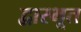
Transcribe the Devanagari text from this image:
द्वारभूत